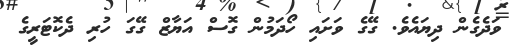
ވަދެގެން ދިޔައެވެ. ގޭގެ ވަށައި ހޯދަމުން ގޮސް އަޔާޒް ގޭގަ ހުރި ދެކޮޓަރީގެ